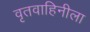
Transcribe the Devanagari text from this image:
वृतवाहिनीला